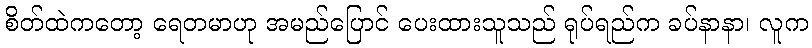
စိတ်ထဲကတော့ ရေတမာဟု အမည်ပြောင် ပေးထားသူသည် ရုပ်ရည်က ခပ်နာနာ၊ လူက